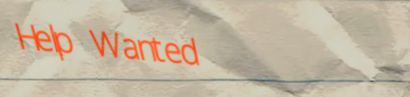
Help Wanted